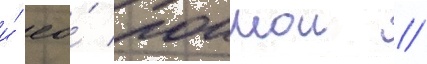
и́ ео́ поимои //